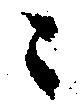
々